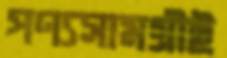
পণ্যসামগ্রীই